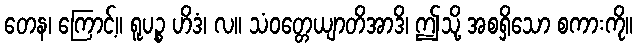
တေန၊ ကြောင့်။ ရူပဉ္စ ဟိဒံ၊ လ။ သံဝတ္တေယျာတိအာဒိ၊ ဤသို့ အစရှိသော စကားကို။